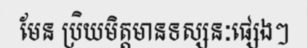
មែន ប្រិយមិត្តមានទស្សនៈផ្សេងៗ